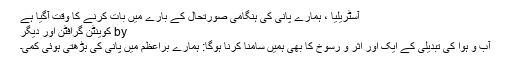
آسٹریلیا ، ہمارے پانی کی ہنگامی صورتحال کے بارے میں بات کرنے کا وقت آگیا ہے
by کوینٹن گرافٹن اور دیگر
آب و ہوا کی تبدیلی کے ایک اور اثر و رسوخ کا بھی ہمیں سامنا کرنا ہوگا: ہمارے براعظم میں پانی کی بڑھتی ہوئی کمی۔